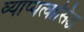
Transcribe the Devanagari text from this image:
व्याप्यत्वासिद्ध